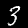
Label: 3